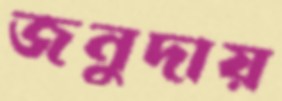
জনুদায়